65_HS1-834228961_62-HQ-83894_Serial_130
Agency: FBI
Page 121
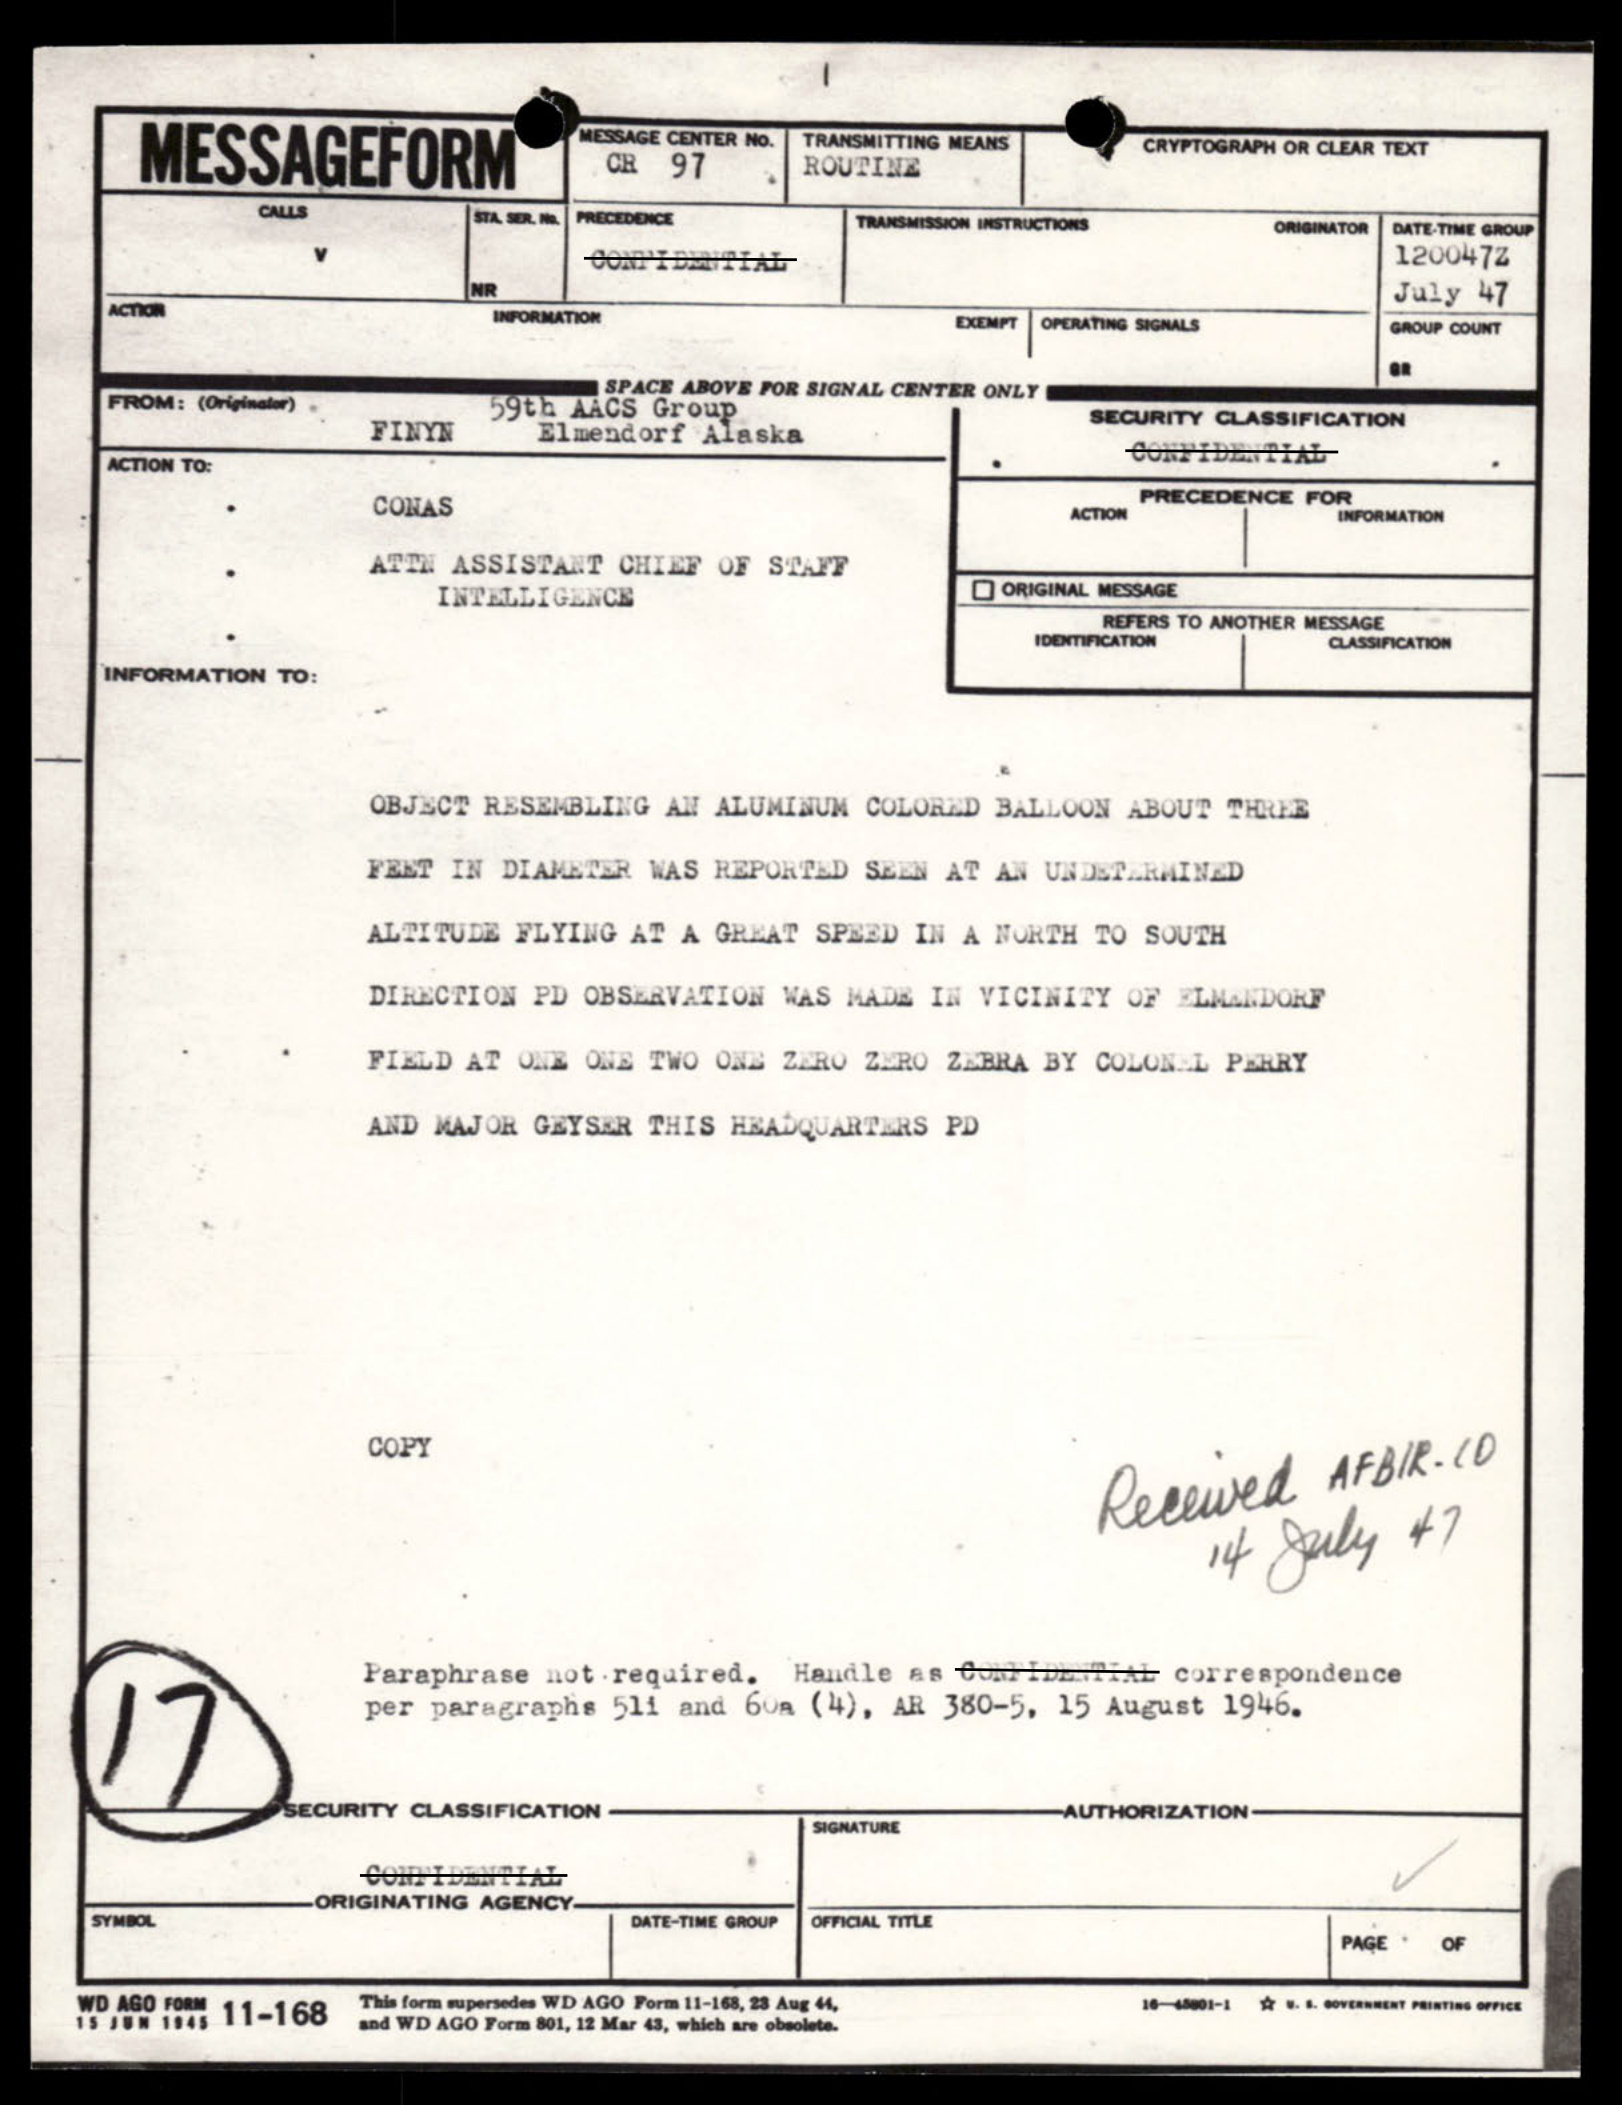